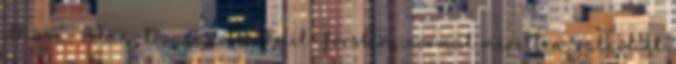
Musa, Alan Dzagojev és Emil Forsberg normál méretben, valamint